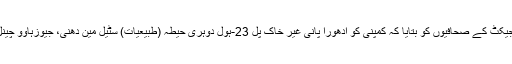
ٹاباؤ (یانگزہاوو) کمپنی، لمیٹڈ لیو ہونگٹاؤ، ڈپٹی چیف انجینئر Zhuhai مکاؤ پل پروجیکٹ کے صحافیوں کو بتایا کہ کمپنی کو ادھورا پانی غیر خاک پل 23-ہول دوہری حیطہ (طبیعیات) سٹیل مین دھنی، جیوزہاوو چینل پل کیبل ٹاور اور سٹیل میں ہے مرکزی گارڈر اور اس ضمنی ساخت کام کرتا ہے ۔